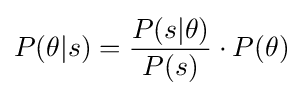
P(\theta |s)={\frac {P(s|\theta )}{P(s)}}\cdot P(\theta )